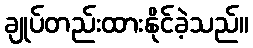
ချုပ်တည်းထားနိုင်ခဲ့သည်။